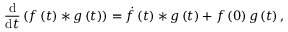
\frac { \mathrm { d } } { \mathrm { d } t } \left( f \left( t \right) \ast g \left( t \right) \right) = \dot { f } \left( t \right) \ast g \left( t \right) + f \left( 0 \right) g \left( t \right) ,